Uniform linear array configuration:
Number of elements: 12
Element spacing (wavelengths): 0.75
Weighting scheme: cosine
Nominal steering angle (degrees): -15
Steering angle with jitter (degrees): -15.281
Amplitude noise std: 0.05
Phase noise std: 0.05

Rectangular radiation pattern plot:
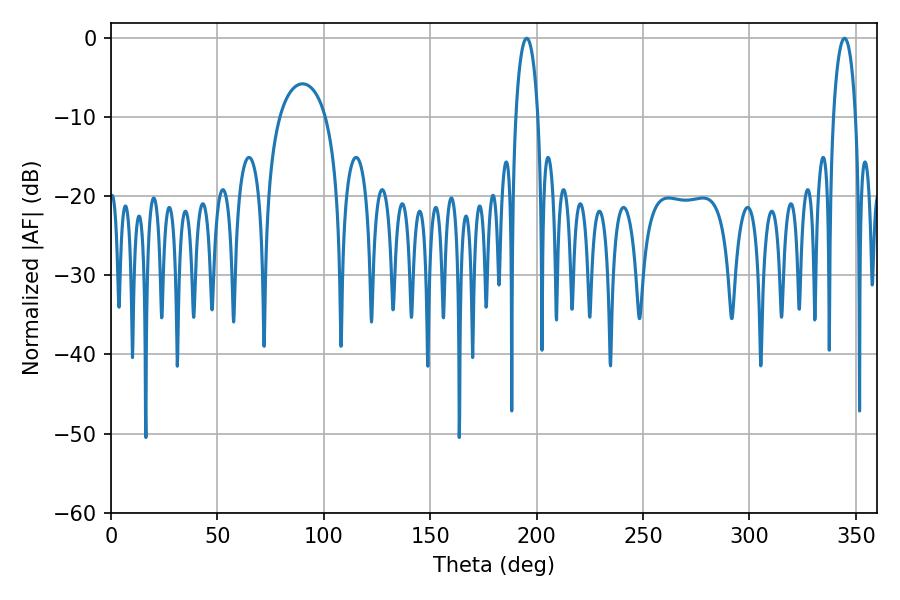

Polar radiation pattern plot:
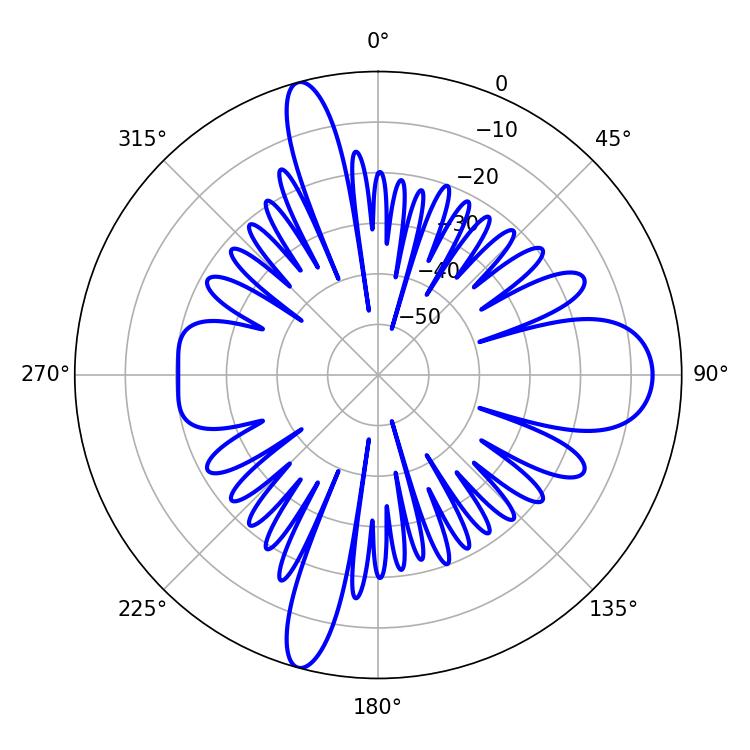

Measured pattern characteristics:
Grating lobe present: TRUE
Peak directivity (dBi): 18.691
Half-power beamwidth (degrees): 5.94
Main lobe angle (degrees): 195.3